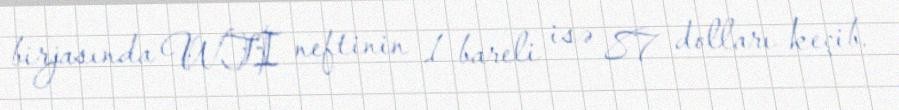
birjasında WTI neftinin 1 bareli isə 87 dolları keçib.